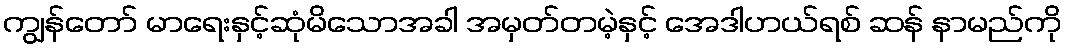
ကျွန်တော် မာရေးနှင့်ဆုံမိသောအခါ အမှတ်တမဲ့နှင့် အေဒါဟယ်ရစ် ဆန် နာမည်ကို